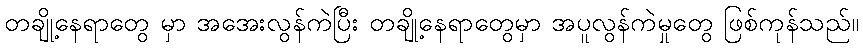
တချို့နေရာတွေ မှာ အအေးလွန်ကဲပြီး တချို့နေရာတွေမှာ အပူလွန်ကဲမှုတွေ ဖြစ်ကုန်သည်။